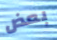
بعض